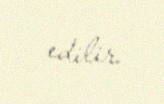
edilir.